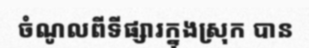
ចំណូលពីទីផ្សារក្នុងស្រុក បាន